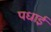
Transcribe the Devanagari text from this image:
पधाई